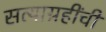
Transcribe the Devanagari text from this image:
सत्याग्रहींची